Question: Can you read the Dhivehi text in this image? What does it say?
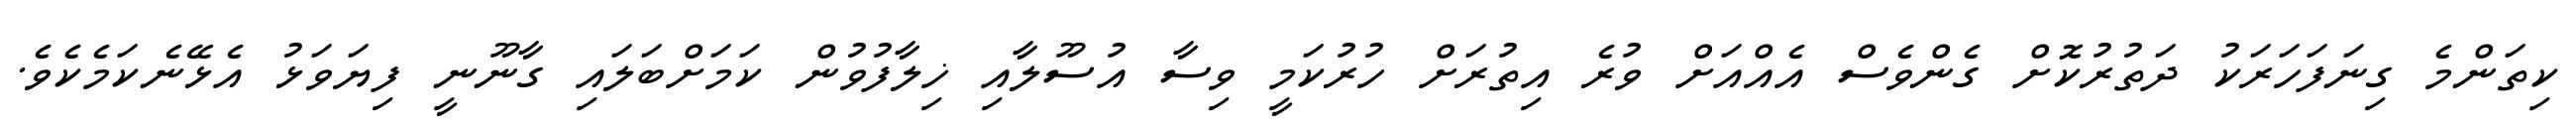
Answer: ކިތަންމެ ގިނަފަހަރަކު ދަތުރުކޮށް ގެންވެސް އެއްއަށް ވުރެ އިތުރަށް ހުރުކަމީ ވިސާ އުސޫލާއި ޚިލާފުވުން ކަމަށްބަލައި ގާނޫނީ ފިޔަވަޅު އެޅޭނެކަމެކެވެ.